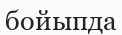
бойыпда